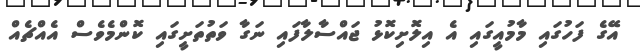
އޭގެ ފަހުގައި މާމުއީގައި އެ އިލޮށިކޮޅު ޖައްސާލާފައި ނަގާ ވަތުތަށީގައި ކޮންމެވެސް އެއްޗެއް